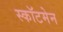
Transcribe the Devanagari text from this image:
स्कॉटमेन